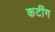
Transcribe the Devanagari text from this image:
कटींग